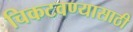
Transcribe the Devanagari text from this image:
चिकटवण्यासाठी